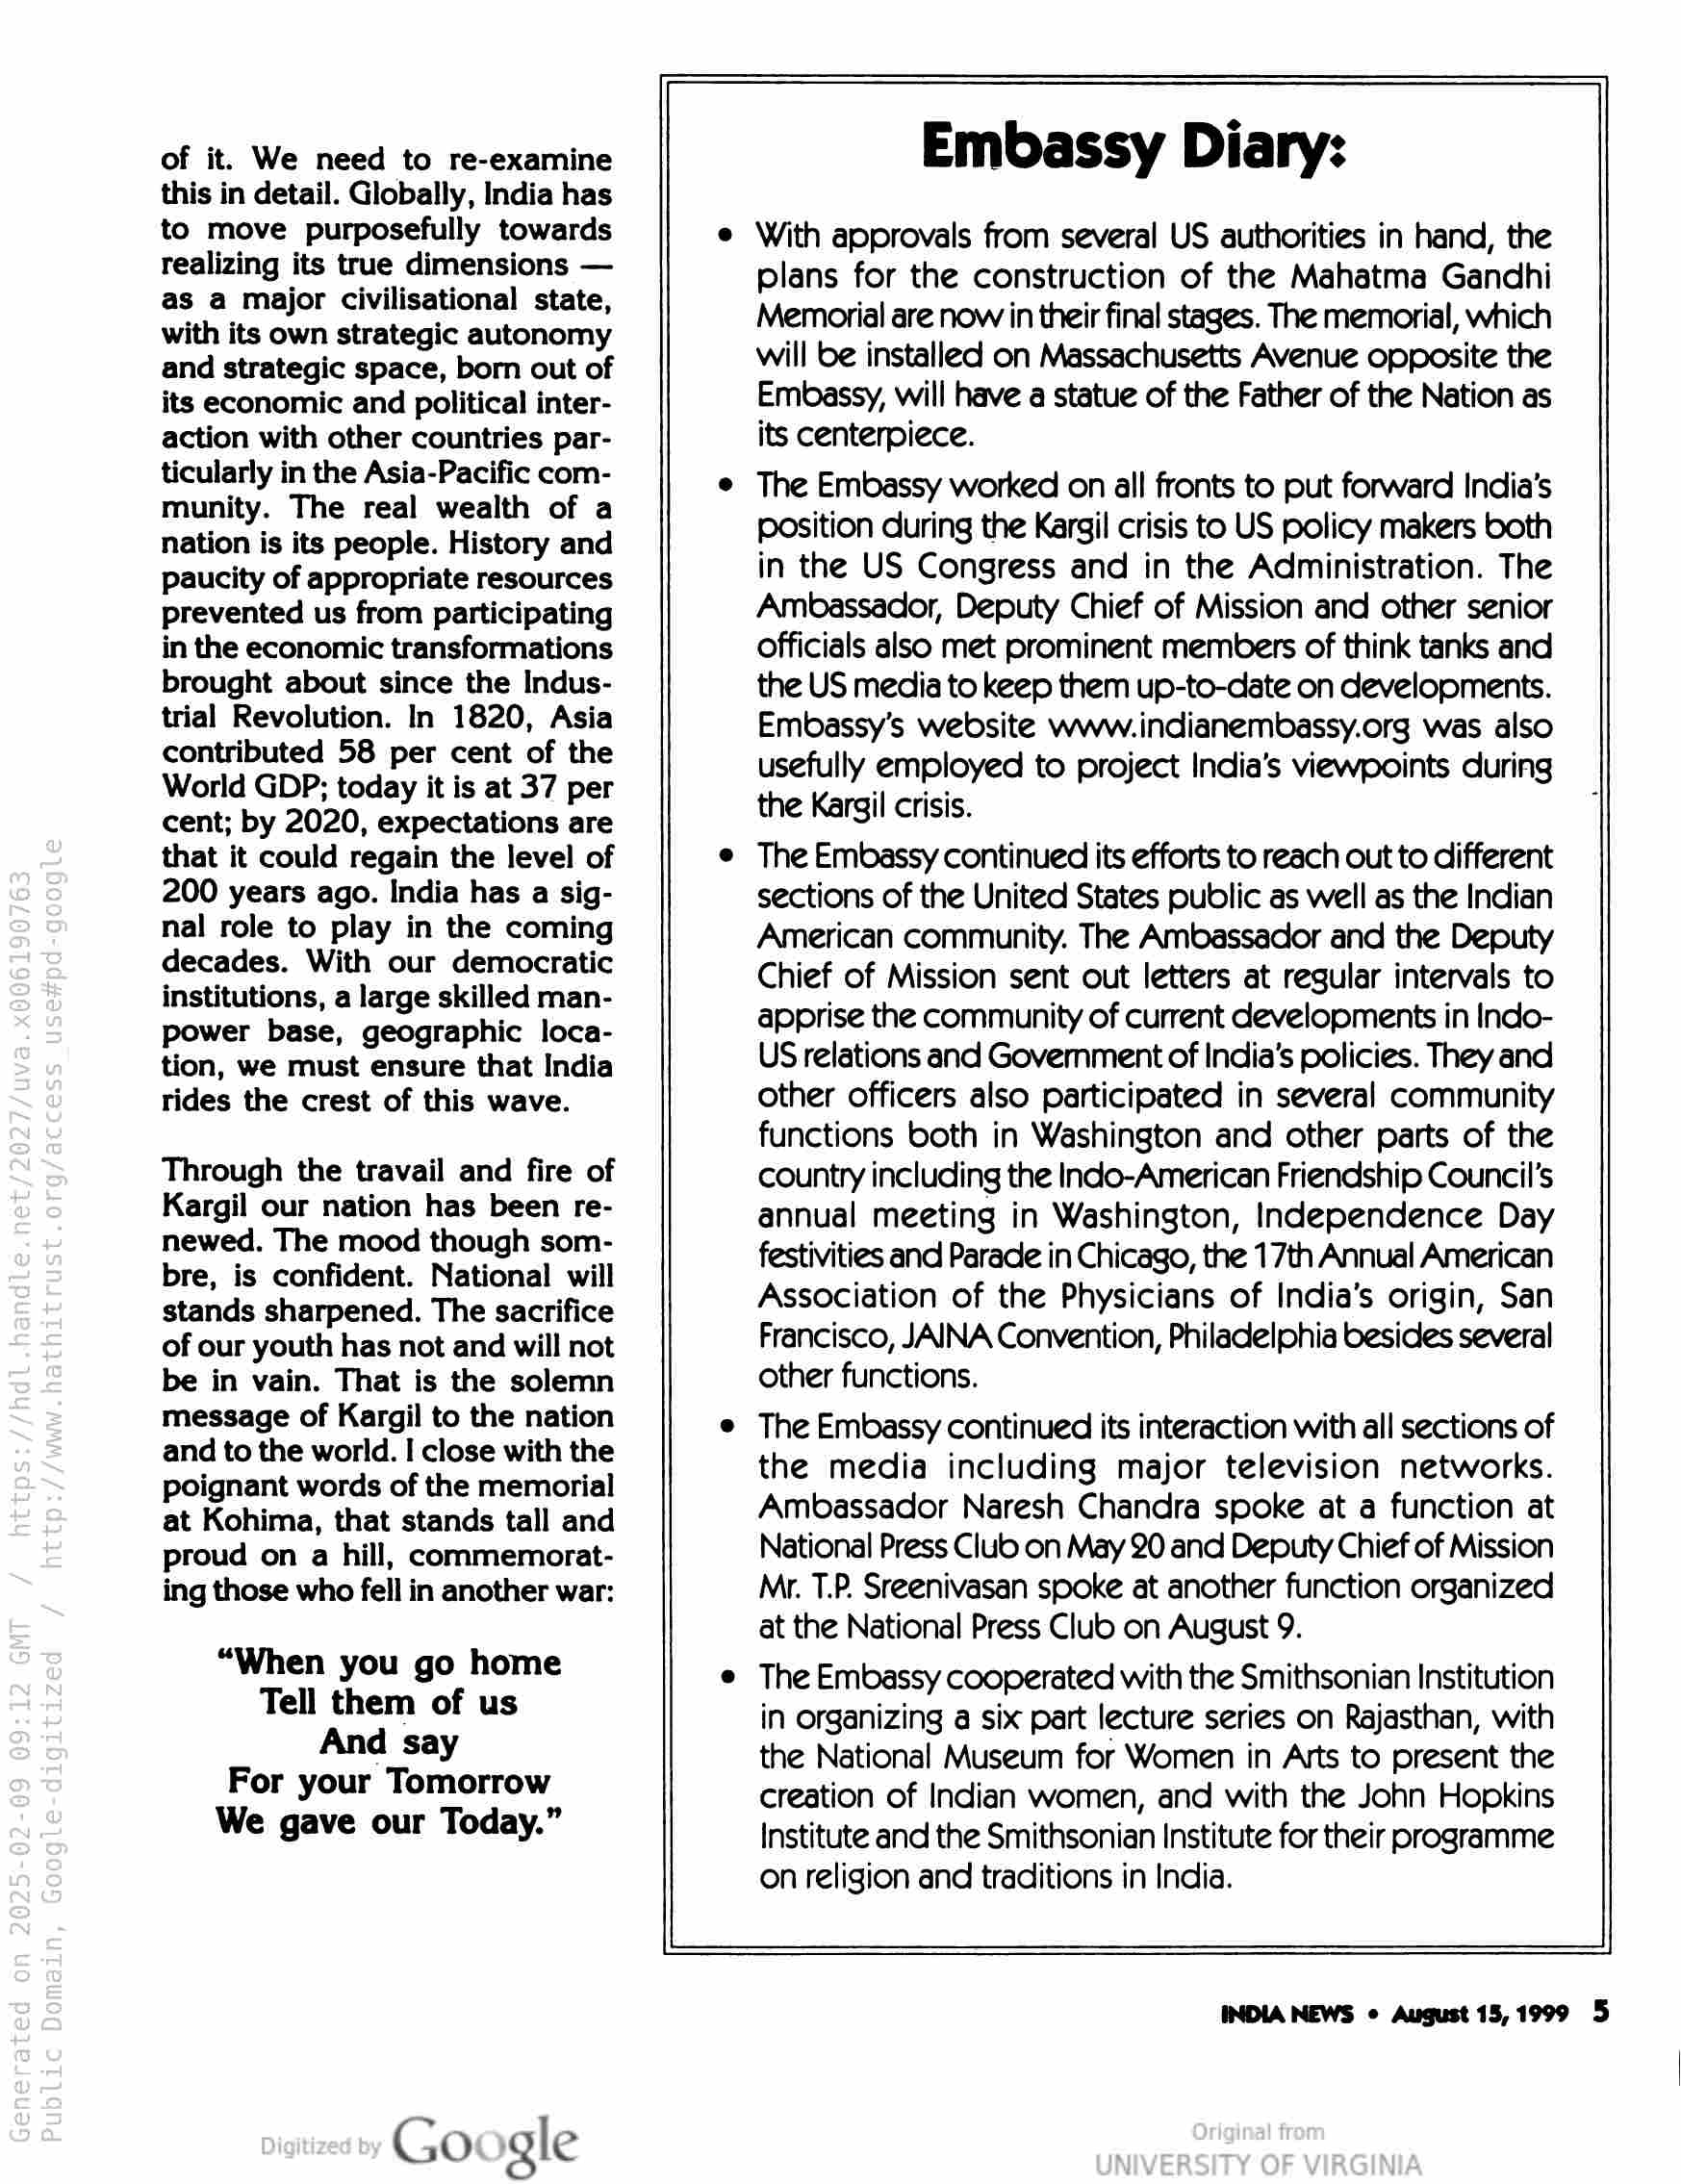
of it. We need to re-examine
this in detail. Globally, India has
to move purposefully towards
realizing its true dimensions —
as a major civilisational state,
with its own strategic autonomy
and strategic space, born out of
its economic and political inter-
action with other countries par-
ticularly in the Asia-Pacific com-
munity. The real wealth of a
nation is its people. History and
paucity of appropriate resources
prevented us from participating
in the economic transformations
brought about since the Indus-
trial Revolution. In 1820, Asia
contributed 58 per cent of the
World GDP; today it is at 37 per
cent; by 2020, expectations are
that it could regain the level of
200 years ago. India has a sig-
nal role to play in the coming
decades. With our democratic
institutions, a large skilled man-
power base, geographic loca-
tion, we must ensure that India
rides the crest of this wave.

Through the travail and fire of
Kargil our nation has been re-
newed. The mood though som-
bre, is confident. National will
stands sharpened. The sacrifice
of our youth has not and will not
be in vain. That is the solemn
message of Kargil to the nation
and to the world. I close with the
poignant words of the memorial
at Kohima, that stands tall and
proud on a hill, commemorat-
ing those who fell in another war:

“When you go home
Tell them of us
And say
For your Tomorrow
We gave our Today.”

Go gle

Embassy Diary:

e With approvals from several US authorities in hand, the

plans for the construction of the Mahatma Gandhi
Memorial are now in their final stages. The memorial, which
will be installed on Massachusetts Avenue opposite the
Embassy, will have a statue of the Father of the Nation as
its centerpiece.

The Embassy worked on all fronts to put forward India’s
position during the Kargil crisis to US policy makers both
in the US Congress and in the Administration. The
Ambassador, Deputy Chief of Mission and other senior
Officials also met prominent members of think tanks and
the US media to keep them up-to-date on developments.
Embassy's website www.indianembassy.org was also
usefully employed to project India’s viewpoints during
the Karsil crisis.

The Embassy continued its efforts to reach out to different
sections of the United States public as well as the Indian
American community. The Ambassador and the Deputy
Chief of Mission sent out letters at regular intervals to
apprise the community of current developments in Indo-
US relations and Goverment of India’s policies. They and
other officers also participated in several community
functions both in Washington and other parts of the
country including the Indo-American Friendship Council's
annual meeting in Washington, Independence Day
festivities and Parade in Chicago, the 17th Annual American
Association of the Physicians of India’s origin, San
Francisco, JAINA Convention, Philadelphia besides several
other functions.

The Embassy continued its interaction with all sections of
the media including major television networks.
Ambassador Naresh Chandra spoke at a function at
National Press Club on May 20 and Deputy Chief of Mission
Mr. T.P. Sreenivasan spoke at another function organized
at the National Press Club on August 9.

The Embassy cooperated with the Smithsonian Institution
in organizing a six part lecture series on Rajasthan, with
the National Museum for Women in Arts to present the
creation of Indian women, and with the John Hopkins
Institute and the Smithsonian Institute for their programme
on religion and traditions in India.

—]

INDIA NEWS ¢ August 15,1999 5